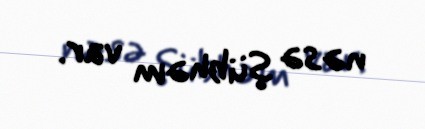
nəsə şübhəm var.